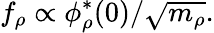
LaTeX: f_{\rho}\propto\phi_{\rho}^{*}(0)/\sqrt{m_{\rho}}.